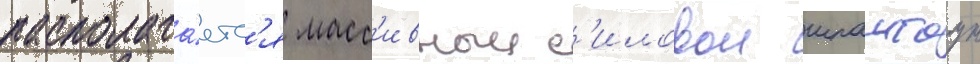
располага́етс'я масс'ивныи с'иловои шпангоут